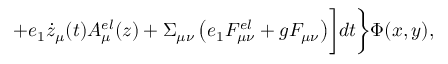
+ e _ { 1 } \dot { z } _ { \mu } ( t ) A _ { \mu } ^ { e l } ( z ) + \Sigma _ { \mu \nu } \left( e _ { 1 } F _ { \mu \nu } ^ { e l } + g F _ { \mu \nu } \right) \biggr ] d t \biggr \} \Phi ( x , y ) ,